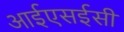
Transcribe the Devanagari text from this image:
आईएसईसी